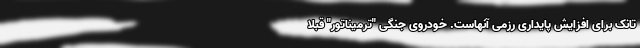
تانک برای افزایش پایداری رزمی آنهاست. خودروی جنگی "ترمیناتور" قبلا